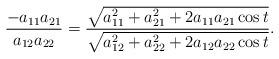
LaTeX: \begin{align*}\frac{-a_{11}a_{21}}{a_{12}a_{22}}=\frac{\sqrt{ a_{11}^{2}+a_{21}^{2}+2a_{11}a_{21}\cos t}}{\sqrt{ a_{12}^{2}+a_{22}^{2}+2a_{12}a_{22}\cos t}}.\end{align*}